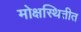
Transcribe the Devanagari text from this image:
मोक्षस्थितीत